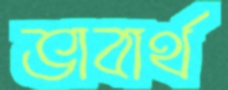
ভাবার্থ